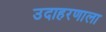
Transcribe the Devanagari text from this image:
उदाहरणाला